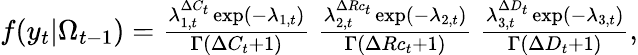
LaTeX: \begin{array}{rcl}{f(y_{t}|\Omega_{t-1})=\frac{\lambda_{1,t}^{\Delta C_{t}}\exp(-\lambda_{1,t})}{\Gamma(\Delta C_{t}+1)}~\frac{\lambda_{2,t}^{\Delta Rc_{t}}\exp(-\lambda_{2,t})}{\Gamma(\Delta Rc_{t}+1)}~\frac{\lambda_{3,t}^{\Delta D_{t}}\exp(-\lambda_{3,t})}{\Gamma(\Delta D_{t}+1)},}\end{array}